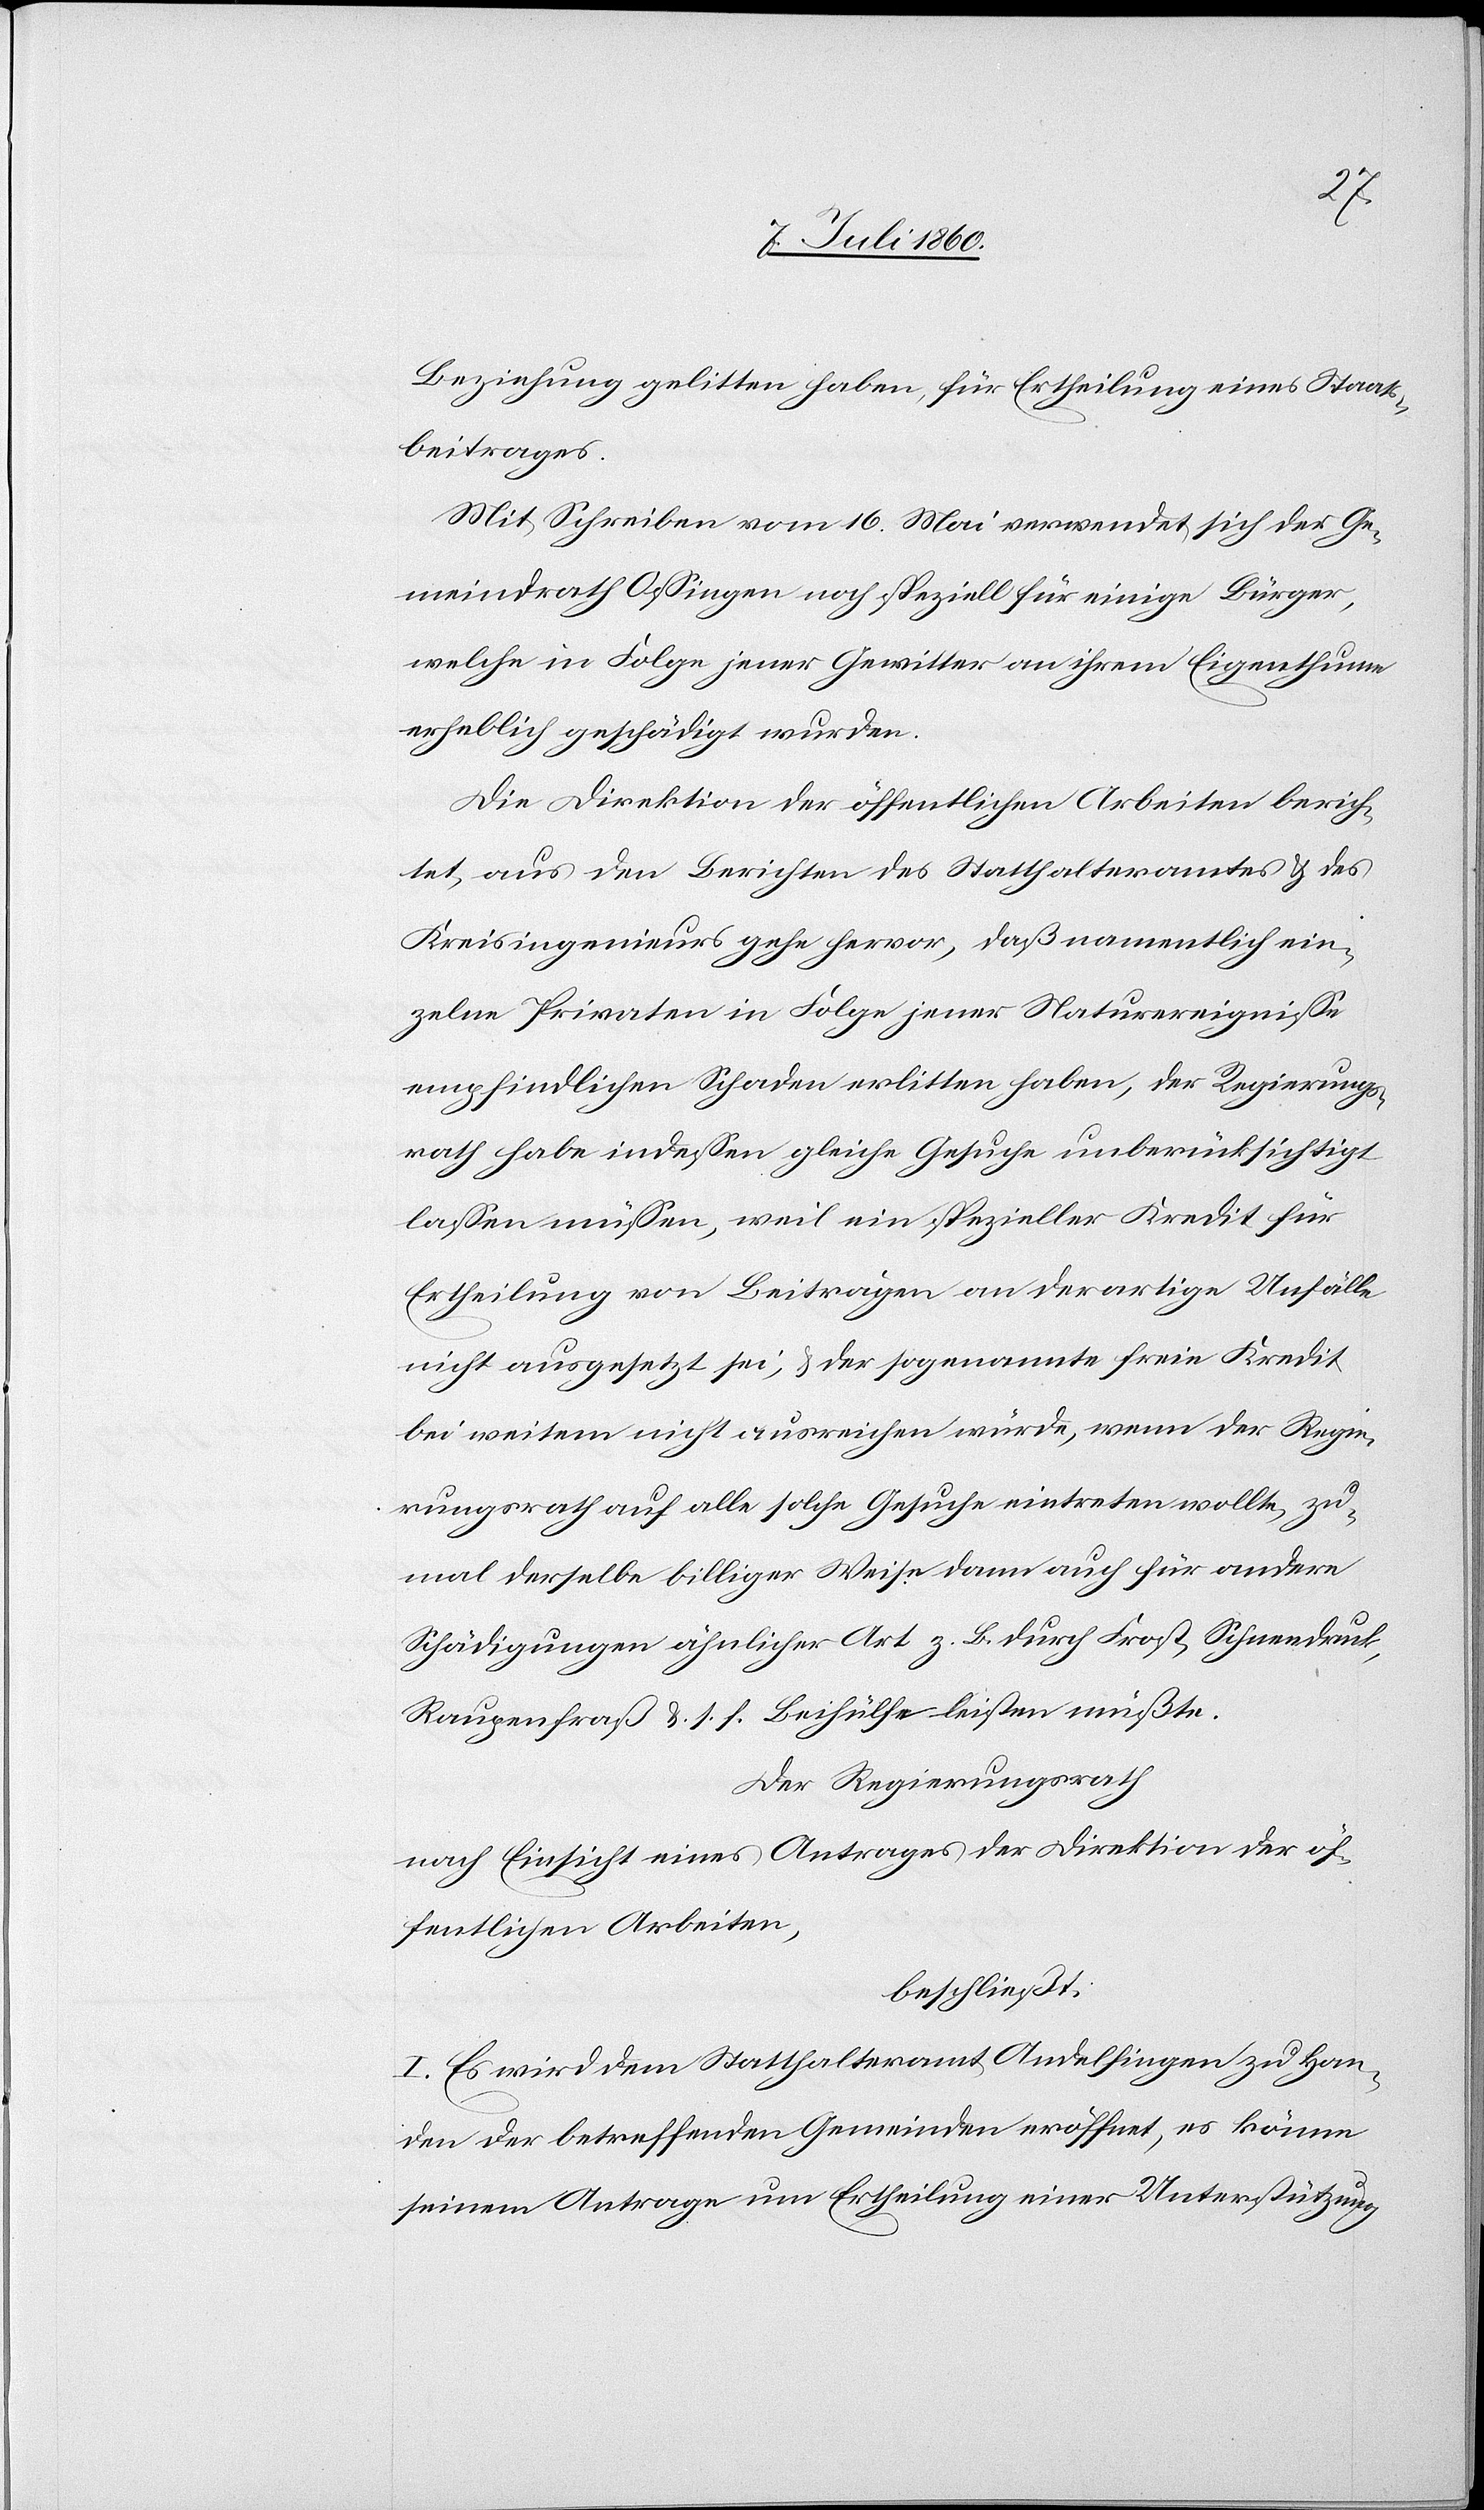
beziehung gelitten haben, für Ertheilung eines Staats¬
beitrages.
Mit Schreiben vom 16. Mai verwendet sich der Ge¬
meindrath Ossingen noch speziell für einige Bürger,
welche in Folge jener Gewitter an ihrem Eigenthume
erheblich geschädigt wurden.
Die Direktion der öffentlichen Arbeiten berich¬
tet, aus den Berichten des Statthalteramtes & des
Kreisingenieurs gehe hervor, daß namentlich ein¬
zelne Privaten in Folge jener Naturereignisse
empfindlichen Schaden erlitten haben, der Regierungs¬
rath habe indessen gleiche Gesuche unberücksichtigt
lassen müssen, weil ein spezieller Kredit für
Ertheilung von Beiträgen an derartige Unfälle
nicht ausgesetzt sei, & der sogenannte freie Kredit
bei weitem nicht ausreichen würde, wenn der Regie¬
rungsrath auf alle solche Gesuche eintreten wollte, zu¬
mal derselbe billiger Weise dann auch für andere
Schädigungen ähnlicher Art z. B. durch Frost, Schneedruck,
Raupenfraß &. s. f. Beihülfe leisten müßte.
Der Regierungsrath
nach Einsicht eines Antrages der Direktion der öf¬
fentlichen Arbeiten,
beschließt:
I. Es wird dem Statthalteramt Andelfingen zu Han¬
den der betreffenden Gemeinden eröffnet, es könne
seinem Antrage um Ertheilung einer Unterstützung